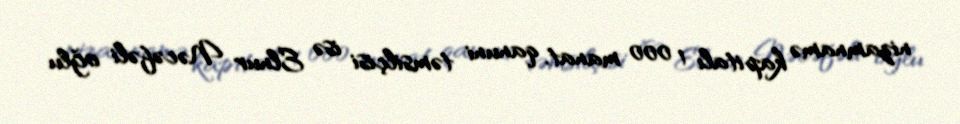
nizamnamə kapitalı 1 000 manat, qanuni təmsilçisi isə Elnur Nəcəfəli oğlu